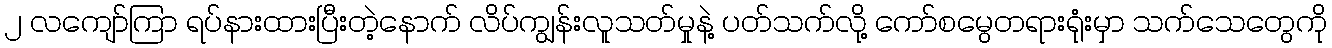
၂ လကျော်ကြာ ရပ်နားထားပြီးတဲ့နောက် လိပ်ကျွန်းလူသတ်မှုနဲ့ ပတ်သက်လို့ ကော်စမွေတရားရုံးမှာ သက်သေတွေကို